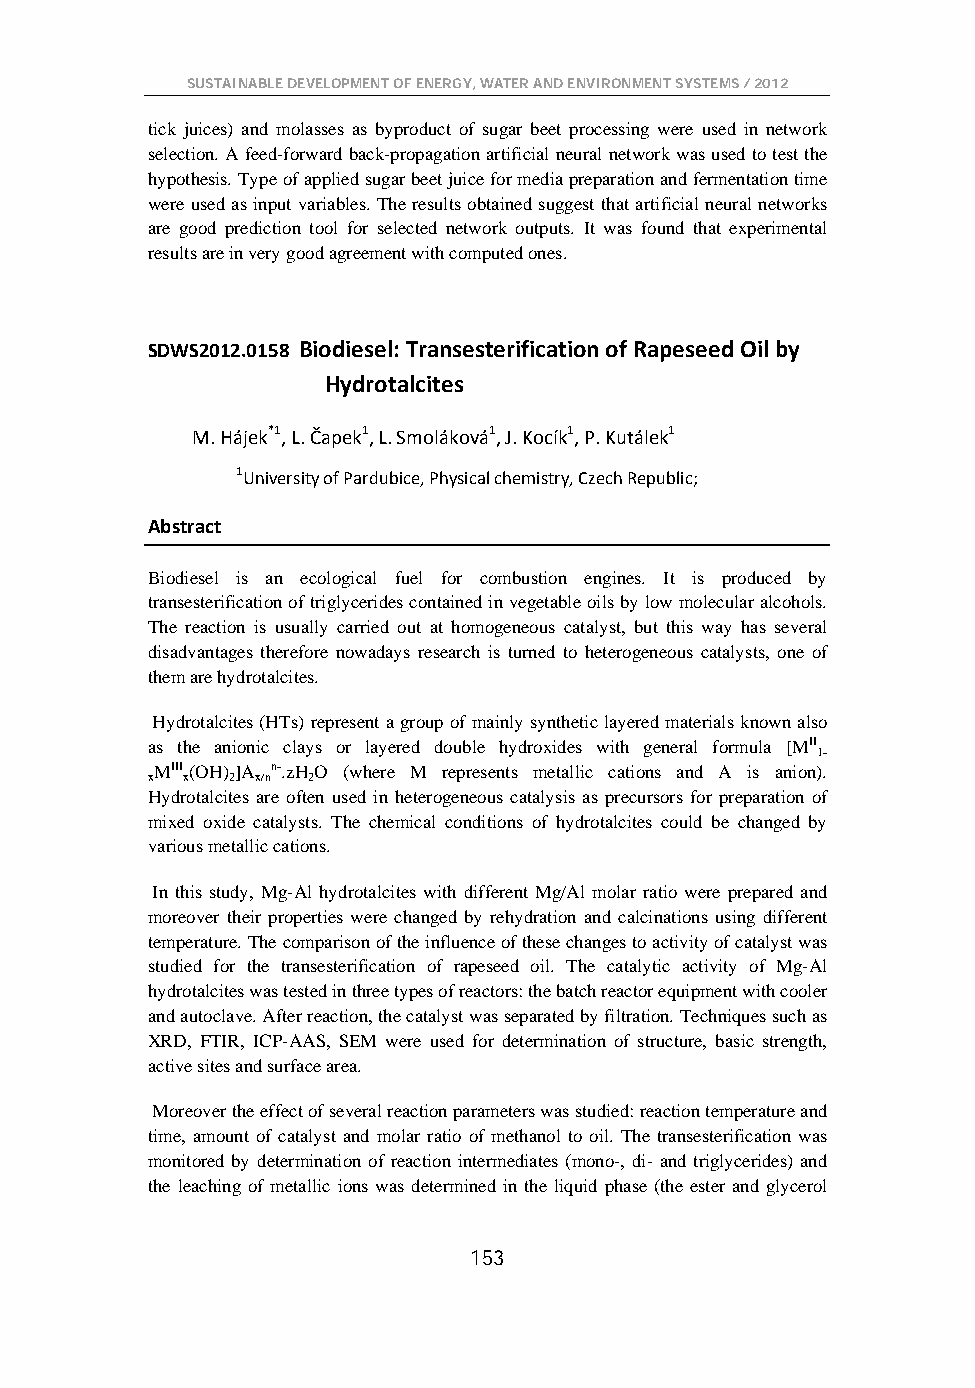
SUSTAINABLE DEVELOPMENT OF ENERGY, WATER AND ENVIRONMENT SYSTEMS / 2012
 tick juices) and molasses as byproduct of sugar beet processing were used in network
 selection. A feed-forward back-propagation artificial neural network was used to test the
 hypothesis. Type of applied sugar beet juice for media preparation and fermentation time
 were used as input variables. The results obtained suggest that artificial neural networks
 are good prediction tool for selected network outputs. It was found that experimental
 results are in very good agreement with computed ones.
 SDWS2012.0158 Biodiesel: Transesterification of Rapeseed Oil by
 Hydrotalcites
 M. Hájek*1, L. Čapek1, L. Smoláková1, J. Kocík1, P. Kutálek1
 1University of Pardubice, Physical chemistry, Czech Republic;
 Abstract
 Biodiesel is an ecological fuel for combustion engines. It is produced by
 transesterification of triglycerides contained in vegetable oils by low molecular alcohols.
 The reaction is usually carried out at homogeneous catalyst, but this way has several
 disadvantages therefore nowadays research is turned to heterogeneous catalysts, one of
 them are hydrotalcites.
 Hydrotalcites (HTs) represent a group of mainly synthetic layered materials known also
 as the anionic clays or layered double hydroxides with general formula [MII
 1-
 MIII(OH) ]A n-.zHO (where M represents metallic cations and A is anion).
 x x  2 x/n 2
 Hydrotalcites are often used in heterogeneous catalysis as precursors for preparation of
 mixed oxide catalysts. The chemical conditions of hydrotalcites could be changed by
 various metallic cations.
 In this study, Mg-Al hydrotalcites with different Mg/Al molar ratio were prepared and
 moreover their properties were changed by rehydration and calcinations using different
 temperature. The comparison of the influence of these changes to activity of catalyst was
 studied for the transesterification of rapeseed oil. The catalytic activity of Mg-Al
 hydrotalcites was tested in three types of reactors: the batch reactor equipment with cooler
 and autoclave. After reaction, the catalyst was separated by filtration. Techniques such as
 XRD, FTIR, ICP-AAS, SEM were used for determination of structure, basic strength,
 active sites and surface area.
 Moreover the effect of several reaction parameters was studied: reaction temperature and
 time, amount of catalyst and molar ratio of methanol to oil. The transesterification was
 monitored by determination of reaction intermediates (mono-, di- and triglycerides) and
 the leaching of metallic ions was determined in the liquid phase (the ester and glycerol
 153